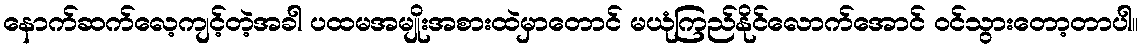
နောက်ဆက်လေ့ကျင့်တဲ့အခါ ပထမအမျိုးအစားထဲမှာတောင် မယုံကြည်နိုင်လောက်အောင် ဝင်သွားတော့တာပါ။